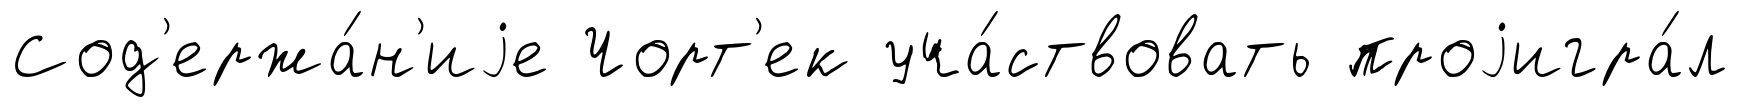
Сод'ержа́н'иjе Чорт'ек уча́ствовать проjигра́л